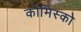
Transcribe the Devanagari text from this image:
कोमिस्को